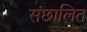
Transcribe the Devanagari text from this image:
संछालित